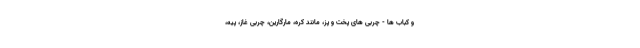
و کباب ها - چربی های پخت و پز، مانند کره، مارگارین، چربی غاز، پیه،